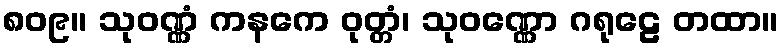
၈၀၉။ သုဝဏ္ဏံ ကနကေ ဝုတ္တံ၊ သုဝဏ္ဏော ဂရုဠေ တထာ။